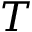
T